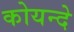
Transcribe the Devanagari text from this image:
कोयन्दे